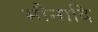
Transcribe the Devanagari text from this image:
मौनादि